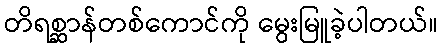
တိရစ္ဆာန်တစ်ကောင်ကို မွေးမြူခဲ့ပါတယ်။